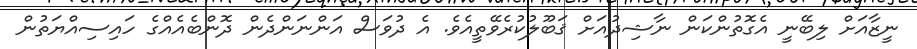
ނީޒާއަށް ލިބޭނީ އެގޮތުންކަން ނާޝިދުއަށް ޤަބޫލުކުރެވޭތީއެވެ. އެ ދުވަސް އަންނަންދެން ދޮންބެއެއްގެ ހައިސިއްޔަތުން